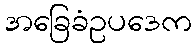
အခြေခံဥပဒေက